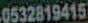
0532819415